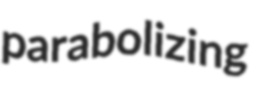
parabolizing